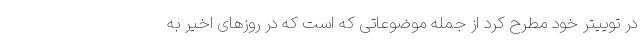
در توییتر خود مطرح کرد از جمله موضوعاتی که است که در روزهای اخیر به